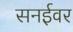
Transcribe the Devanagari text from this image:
सनईवर